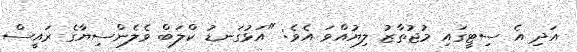
އަދި އެ ސިޓީގައި މުޖުތާޒު ލިޔުއްވަ އެވެ: "އަޅުގަނޑު ކްލަބް ވެލެންސިޔާގެ ރައީސް